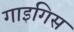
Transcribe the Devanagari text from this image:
गाइगिस